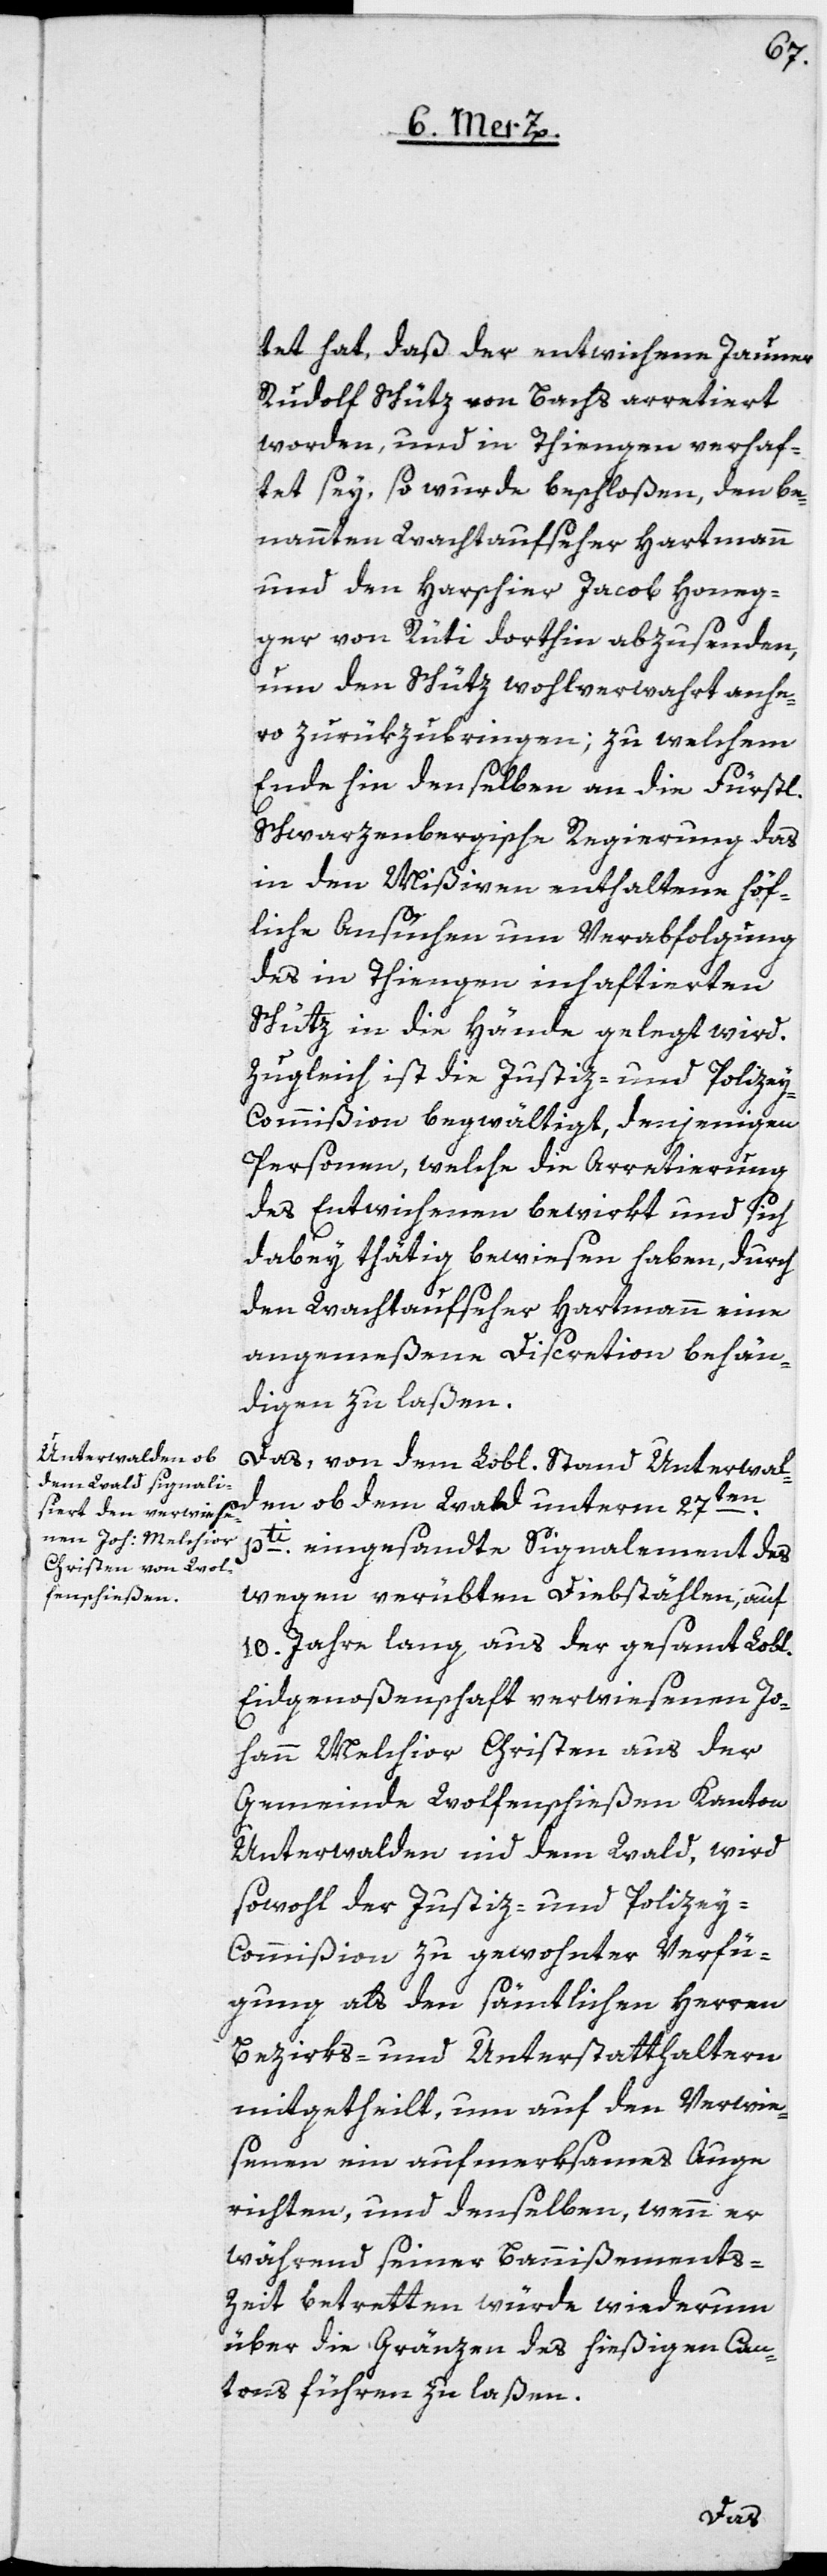
tet hat, daß der entwichene Jauner
Rudolf Schütz von Bachs arretiert
worden, und in Thiengen verhaf¬
tet sey, so wurde beschloßen, den be¬
nannten Wachtaufseher Hartmann
und den Harschier Jacob Honeg¬
ger von Rüti dorthin abzusenden,
um den Schütz wohlverwahrt anhe¬
ro zurükzubringen; zu welchem
Ende hin denselben an die Fürstl.
Schwarzenbergische Regierung das
in den Mißiven enthaltene höf¬
liche Ansuchen um Verabfolgung
des in Thiengen inhaftierten
Schütz in die Hände gelegt wird.
Zugleich ist die Justiz- und Polize¬
y-Commißion begwältigt, denjenigen
Personen, welche die Arretierung
des Entwichenen bewirkt und sich
dabey thätig bewiesen haben, durch
den Wachtaufseher Hartmann eine
angemeßene Discretion behän¬
digen zu laßen.
Das, von dem Lobl. Stand Unterwal¬
den ob dem Wald unterm 27t¬
en
pti eingesandte Signalement des
wegen verübten Diebstählen, auf
10. Jahre lang aus der gesamt Lobl.
Eidgenoßenschaft verwiesenen Jo¬
hann Melchior Christen aus der
Gemeinde Wolfenschießen, Kanton
Unterwalden nid dem Wald, wird
sowohl der Justiz- und Polizey-C¬
ommißion zu gewohnter Verfü¬
gung als den sämtlichen Herren
Bezirks- und Unterstatthaltern
mitgetheilt, um auf den Verwie¬
senen ein aufmerksames Auge
richten, und denselben, wenn er
während seiner Bannißements-Z¬
eit betretten würde wiederum
über die Gränzen des hießigen Can¬
laßen.